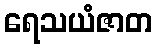
ရေသယံဇာတ